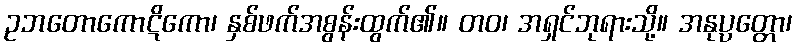
ဥဘတောကောဋိကော၊ နှစ်ဖက်အစွန်းထွက်၏။ တဝ၊ အရှင်ဘုရားသို့။ အနုပ္ပတ္တော၊